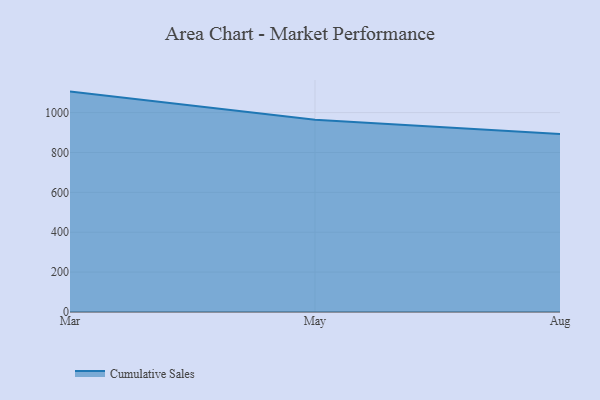
{"axis": {"x": "Month", "y": "Population (Million)"}, "legend": ["Cumulative Sales"], "data": [{"x": "Mar", "y": 1105.3, "type": "Cumulative Sales"}, {"x": "May", "y": 964.6, "type": "Cumulative Sales"}, {"x": "Aug", "y": 893.2, "type": "Cumulative Sales"}]}